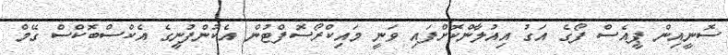
ސޮނީއިން ޕީއެސް ފޯގެ އަގު އިއުލާންކޮށްފައި ވަނީ މައިކްރޯސޮފްޓުން އެކުންފުނީގެ އެކްސްބޮކްސް ގޭމް